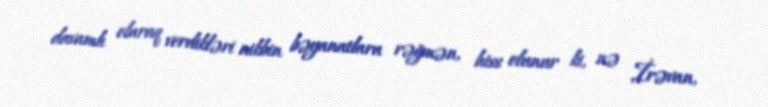
davamlı olaraq verdikləri nikbin bəyanatlara rəğmən, hiss olunur ki, nə İrəvan,